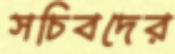
সচিবদের